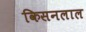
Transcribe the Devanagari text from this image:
किसनलाल